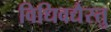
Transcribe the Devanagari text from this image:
विधिवद्यैस्तु